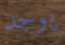
يوجد